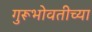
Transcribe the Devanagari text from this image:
गुरूभोवतीच्या